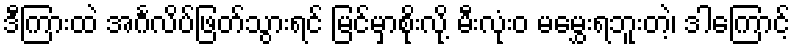
ဒီကြားထဲ အင်္ဂလိပ်ဖြတ်သွားရင် မြင်မှာစိုးလို့ မီးလုံးဝ မမွှေးရဘူးတဲ့၊ ဒါကြောင့်